Document type: Sale
Year: 1461
Scribe: [Unknown]
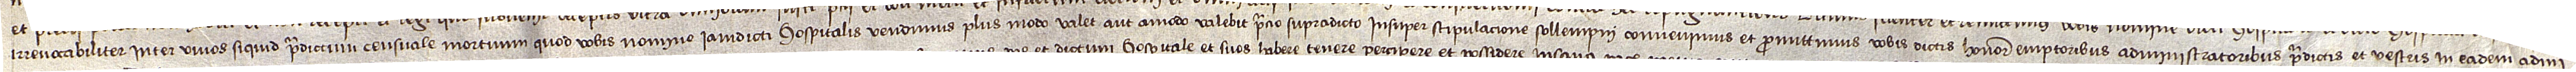
irrevocabiliter inter vivos si quid predictum censuale mortuum quod vobis nomine predicti hospitalis vendimus plus modo valet aut amodo valebit precio supradicto; insuper stipulacione sollempni convenimus et promittimus vobis dictis honorabilibus emptoribus administratoribus predictis et vestris in eadem admi-